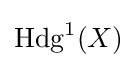
\operatorname {Hdg} ^{1}(X)